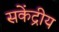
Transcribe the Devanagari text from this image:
सकेंद्रीय